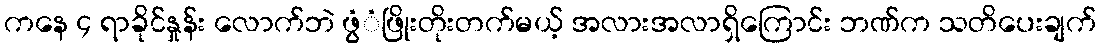
ကနေ ၄ ရာခိုင်နှုန်း လောက်ဘဲ ဖွံံဖြိုးတိုးတက်မယ့် အလားအလာရှိကြောင်း ဘဏ်က သတိပေးချက်